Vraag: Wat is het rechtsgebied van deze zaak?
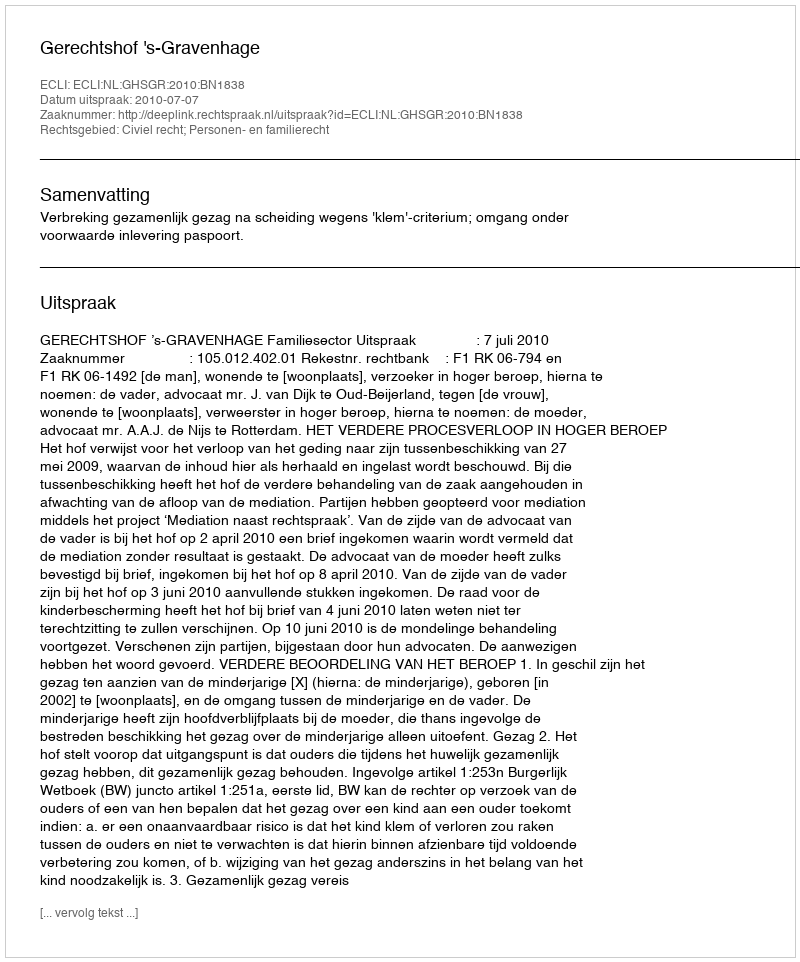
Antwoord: Civiel recht; Personen- en familierecht